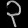
Digit: ၃